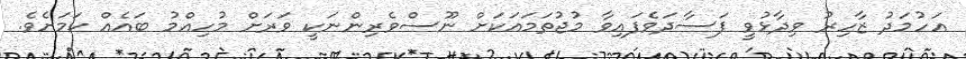
އަހުމަދު ޒާހިރު ވިދާޅުވީ ފަސާދަވެފައިވާ މުޖުތަމައަކަށް ނޫސްވެރިންނަކީ ވަރަށް މުހިއްމު ބައެއް ކަމަށެވެ.